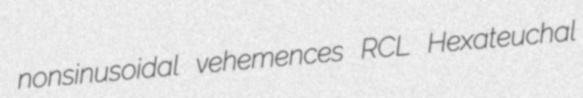
nonsinusoidal vehemences RCL Hexateuchal